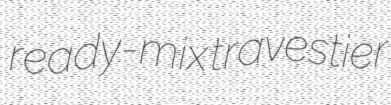
ready-mix travestier